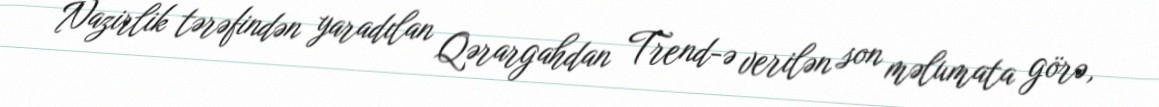
Nazirlik tərəfindən yaradılan Qərargahdan Trend-ə verilən son məlumata görə,